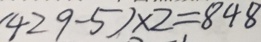
( 4 2 9 - 5 ) \times 2 = 8 4 8